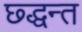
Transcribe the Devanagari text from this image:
छ्द्धन्त